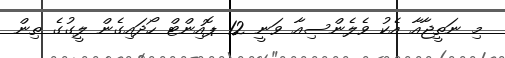
މި ނަތީޖާއާ އެކު ވެލެންސިއާ ވަނީ 12 ޕޮއިންޓް ހޯދައިގެން ލީގުގެ ތިން